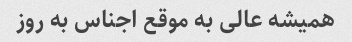
همیشه عالی به موقع اجناس به روز